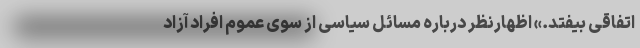
اتفاقی بیفتد.» اظهارنظر درباره مسائل سیاسی از سوی عموم افراد آزاد